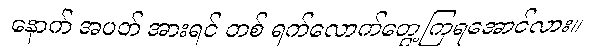
နောက် အပတ် အားရင် တစ် ရက်လောက်တွေ့ကြရအောင်လား။